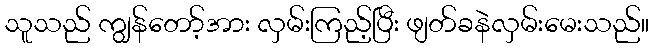
သူသည် ကျွန်တော့်အား လှမ်းကြည့်ပြီး ဖျတ်ခနဲလှမ်းမေးသည်။